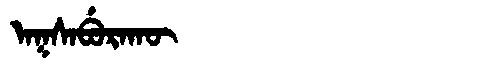
Manchu: ᠠᡴᠰᠠᠪᡠᡵᠠᡴᡡ
Romanization: AKSABURAKŪ